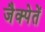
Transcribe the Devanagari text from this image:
जैक्पेतें